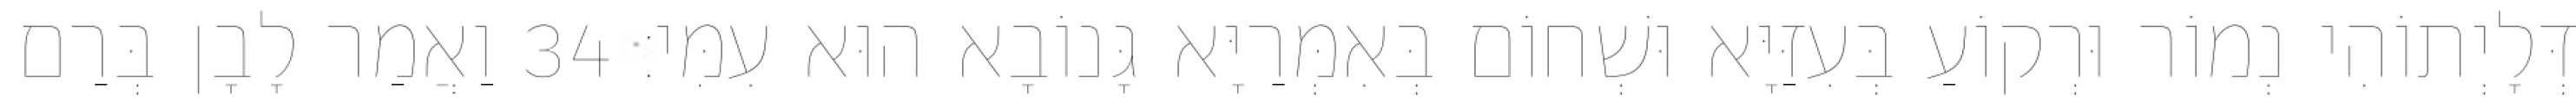
דְּלָיְתוֹהִי נְמוֹר וּרְקוֹעַ בְּעִזַּיָּא וּשְׁחוֹם בְּאִמְּרַיָּא גָּנוֹבָא הוּא עִמִּי׃ 34 וַאֲמַר לָבָן בְּרַם